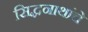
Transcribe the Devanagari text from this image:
सिद्धनाथांचे